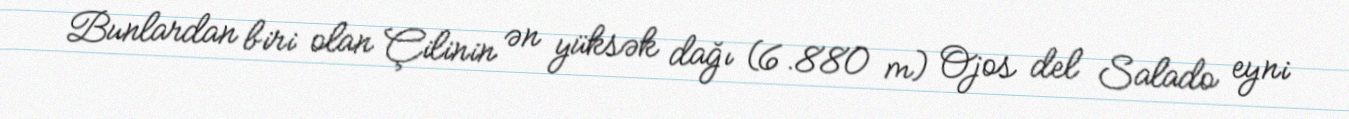
Bunlardan biri olan Çilinin ən yüksək dağı (6.880 m) Ojos del Salado eyni